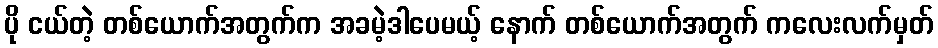
ပို ငယ်တဲ့ တစ်ယောက်အတွက်က အခမဲ့ဒါပေမယ့် နောက် တစ်ယောက်အတွက် ကလေးလက်မှတ်